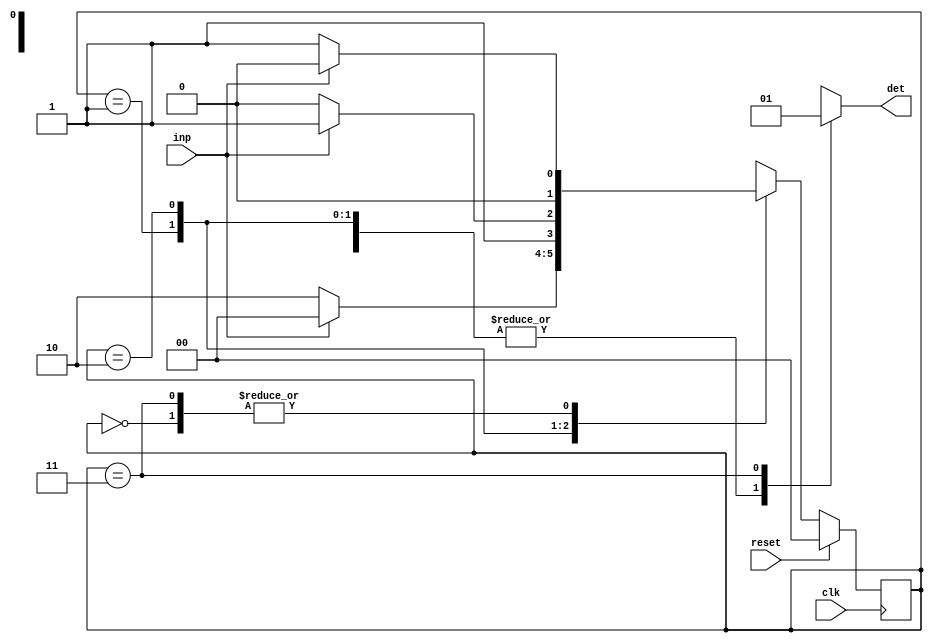
module seq_detector(det,inp,clk,reset);
    output reg det;
    input inp,clk,reset;

    parameter S0=2'b00, S1=2'b01, S2=2'b10, S3=2'b11;

    reg [1:0] pr_state, nxt_state;

    //===========001 non-overlapping sequence detector===========
    //present state logic
    always @(posedge clk) begin
        if(reset)
            pr_state <= S0;
        else
            pr_state <= nxt_state;
    end

    //next state logic
    always @(inp, pr_state) begin
        case(pr_state)
            S0 :    if(inp) nxt_state = S0; 
                    else    nxt_state = S1;
            S1 :    if(inp) nxt_state = S0; 
                    else    nxt_state = S2;
            S2 :    if(inp) nxt_state = S3; 
                    else    nxt_state = S2;
            S3 :    if(inp) nxt_state = S0; 
                    else    nxt_state = S1;
            default :       nxt_state = S0;
        endcase
    end

    //output logic
    always @(pr_state) begin
        case(pr_state)
            S0 :        det = 0;
            S1 :        det = 0;
            S2 :        det = 0;
            S3 :        det = 1;
            default :   det = 0;
        endcase 
    end

endmodule